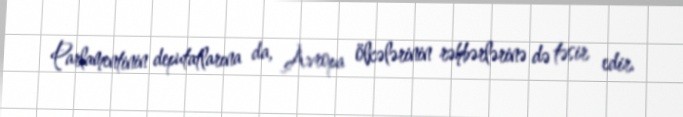
Parlamentinin deputatlarına da, Avropa ölkələrinin rəhbərlərinə də təsir edir.